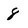
Character: 8